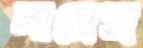
নান্নেস